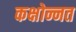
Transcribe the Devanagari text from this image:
कक्षोन्नत